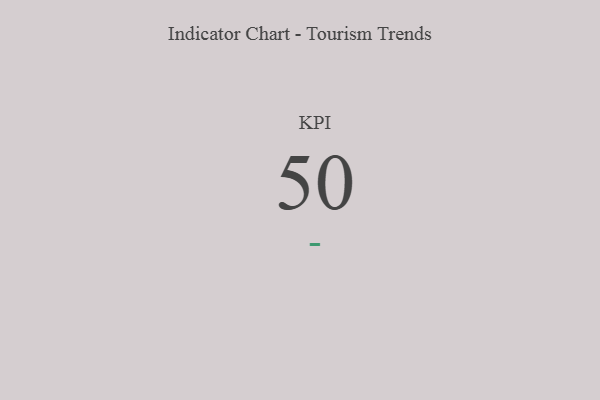
{"axis": {"x": "KPI", "y": "Value"}, "legend": [""], "data": [{"x": "KPI", "y": 50, "type": ""}]}